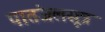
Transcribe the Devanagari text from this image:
पातंजलसूत्र